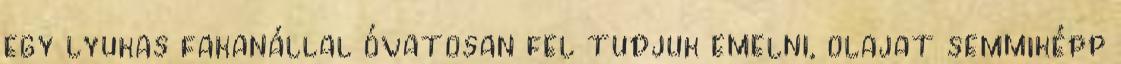
egy lyukas fakanállal óvatosan fel tudjuk emelni, olajat semmiképp